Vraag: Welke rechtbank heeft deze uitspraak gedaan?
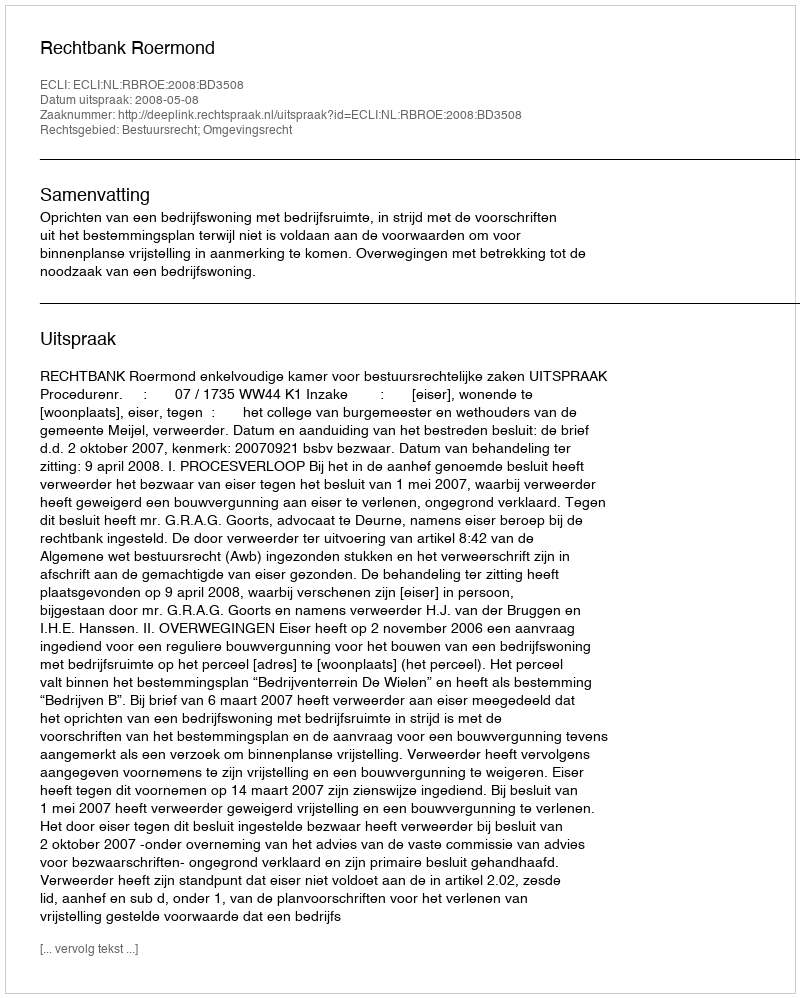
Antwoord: Rechtbank Roermond